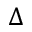
\Delta